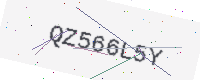
Text: QZ566L5Y